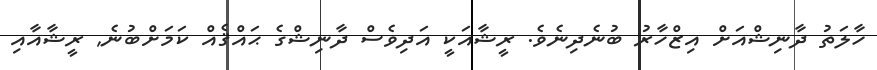
ހާލަތު ދާނިޝްއަށް އިޒްހާރު ބުނެދިނެވެ. ރީޝާއަކީ އަދިވެސް ދާނިޝްގެ ޙައްޤެއް ކަމަށްބުނެ